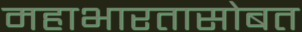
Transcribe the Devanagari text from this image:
महाभारतासोबत